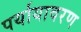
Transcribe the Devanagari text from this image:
पर्यायावरण